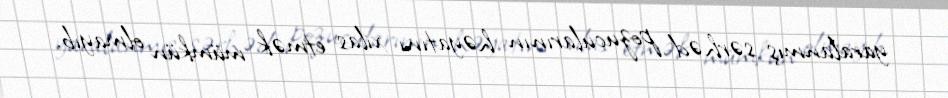
yaralanmış sərhəd pozucularının həyatını xilas etmək mümkün olmayıb.